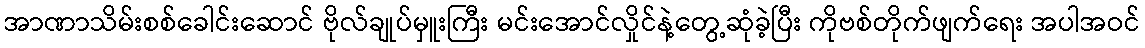
အာဏာသိမ်းစစ်ခေါင်းဆောင် ဗိုလ်ချုပ်မှူးကြီး မင်းအောင်လှိုင်နဲ့တွေ့ဆုံခဲ့ပြီး ကိုဗစ်တိုက်ဖျက်ရေး အပါအဝင်